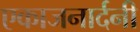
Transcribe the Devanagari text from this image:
एकाजनार्दनी